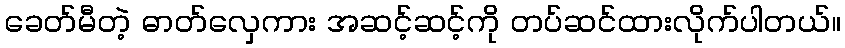
ခေတ်မီတဲ့ ဓာတ်လှေကား အဆင့်ဆင့်ကို တပ်ဆင်ထားလိုက်ပါတယ်။